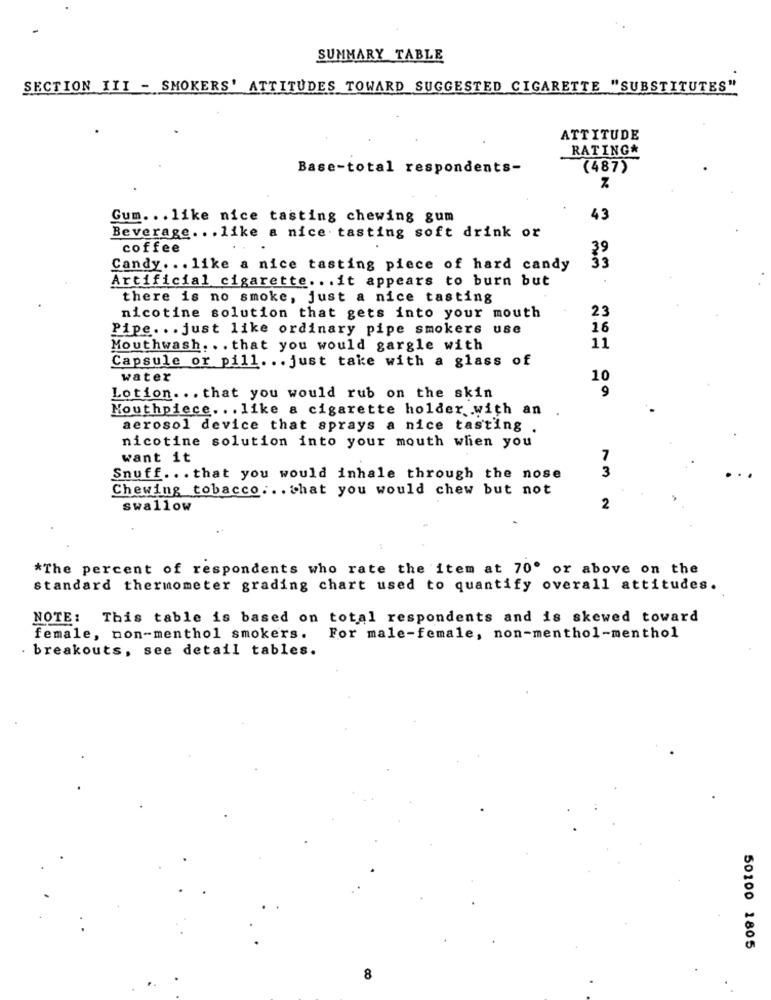
SUMMARY TABLE
SECTION III - SMOKERS' ATTITUDES TOWARD SUGGESTED CIGARETTE "SUBSTITUTES"
ATTITUDE
RATING*
Base-total respondents-
(487)
Gum ... like nice tasting chewing gum
43
Beverage ... like a nice tasting soft drink or
coffee
Candy ... like a nice tasting piece of hard candy
Artificial cigarette ... it appears to burn but
there is no smoke, just a nice tasting
23
nicotine solution that gets into your mouth
Pipe ... just like ordinary pipe smokers use
16
Mouthwash. .. that you would gargle with
11
Capsule or pill ... just take with a glass of
water
10
9
Lotion ... that you would rub on the skin
Mouthpiece ... like a cigarette holder with an
aerosol device that sprays a nice tasting .
nicotine solution into your mouth when you
want it
7
3
Snuff ... that you would inhale through the nose
Chewing tobacco ... that you would chew but not
swallow
2
*The percent of respondents who rate the item at 70' or above on the
standard thermometer grading chart used to quantify overall attitudes.
NOTE: This table is based on total respondents and is skewed toward
female, non-menthol smokers.
For male-female, non-menthol-menthol
breakouts, see detail tables.
50100 1805
8